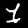
Label: 1